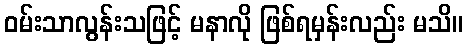
ဝမ်းသာလွန်းသဖြင့် မနာလို ဖြစ်ရမှန်းလည်း မသိ။